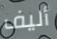
أليف